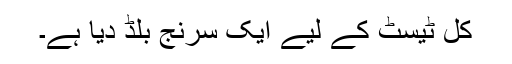
کل ٹیسٹ کے لیے ایک سرنج بلڈ دیا ہے۔